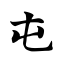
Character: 屯